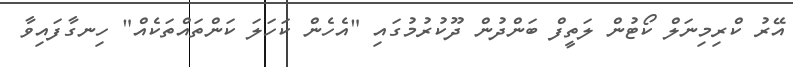
އޭރު ކްރިމިނަލް ކޯޓުން ލަތީފް ބަންދުން ދޫކުރުމުގައި "އެހެން ކަހަލަ ކަންތައްތަކެއް" ހިނގާފައިވާ